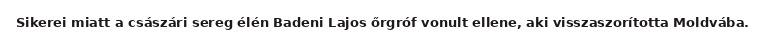
Sikerei miatt a császári sereg élén Badeni Lajos őrgróf vonult ellene, aki visszaszorította Moldvába.